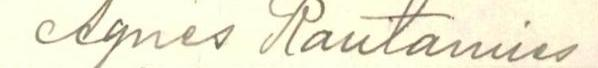
Agnes Rautamies